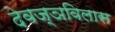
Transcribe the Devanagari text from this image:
देवज्ञविलास